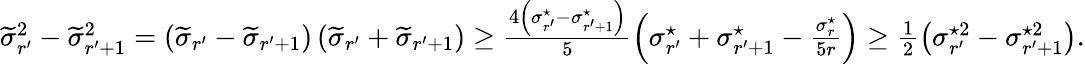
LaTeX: \begin{array}{r}{\widetilde{\sigma}_{r^{\prime}}^{2}-\widetilde{\sigma}_{r^{\prime}+1}^{2}=\left(\widetilde{\sigma}_{r^{\prime}}-\widetilde{\sigma}_{r^{\prime}+1}\right)\left(\widetilde{\sigma}_{r^{\prime}}+\widetilde{\sigma}_{r^{\prime}+1}\right)\geq\frac{4\left(\sigma_{r^{\prime}}^{\star}-\sigma_{r^{\prime}+1}^{\star}\right)}{5}\left(\sigma_{r^{\prime}}^{\star}+\sigma_{r^{\prime}+1}^{\star}-\frac{\sigma_{r}^{\star}}{5r}\right)\geq\frac{1}{2}\left(\sigma_{r^{\prime}}^{\star 2}-\sigma_{r^{\prime}+1}^{\star 2}\right).}\end{array}